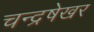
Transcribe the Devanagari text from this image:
चन्द्रषेखर